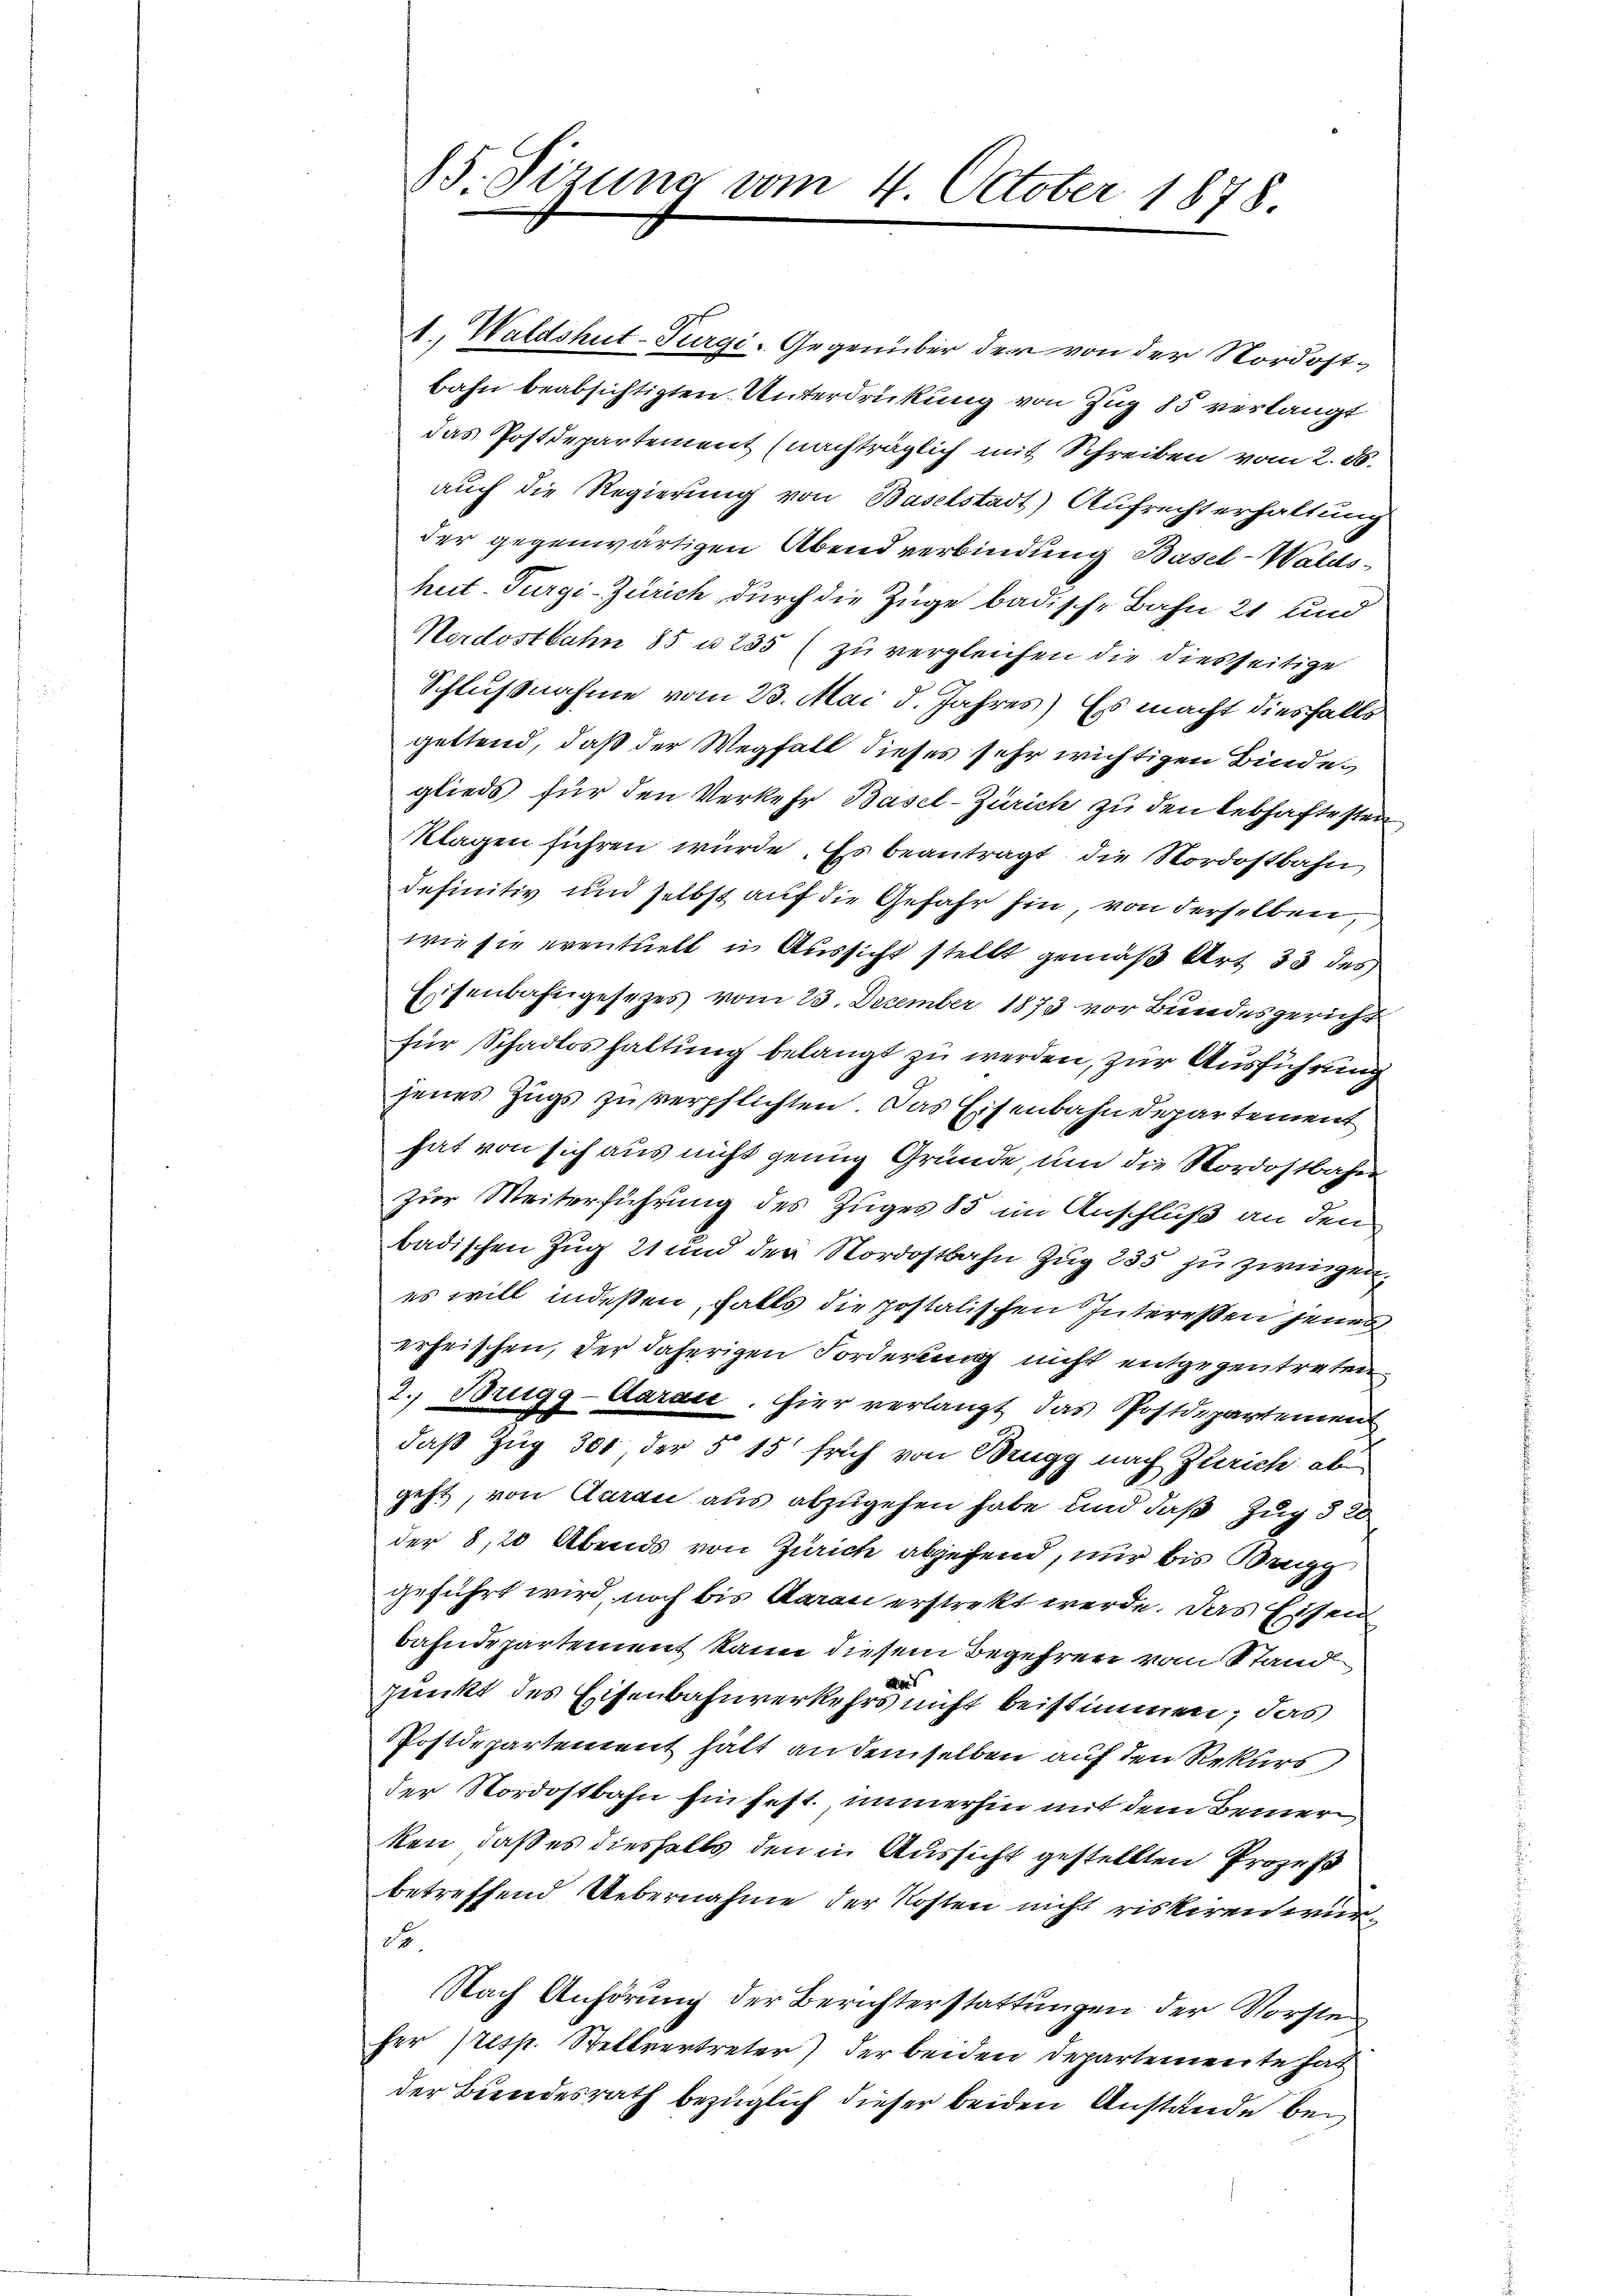
1.) Waldshut-Purgi - Gegenüber der von der Nordostbahn beabsichtigten Unterdrückung von Zug 85 verlangt
das Postdepartement (nachträglich mit Schreiben vom 2. ds.
auch die Regierung von Baselstadt) Aufrecht erhaltung
der gegenwärtigen Abend verbindung Basel-Waldshut. Turgi-Zürich, durch die Züge badische Bahn 21 und
Nordostbahn 85 u 235 (zu vergleichen die diesseitige
Schlußnahme vom 23. Mai d. Jahres) Es macht diesfalls
geltend, daß der Wegfall dieses sehr wichtigen Bindeglieds für den Verkehr Basel-Zürich zu den lebhaftesten
Klagen führen würde. Es beantragt, die Nordostbahn
definitiv und selbst auf die Gefahr hin von derselben,
wie sie eventuell in Aussicht stellt gemäß Art 33 des
Eisenbahngesezes vom 23. December 1873 vor Bundesgericht
für Schadloshaltung belangt zu werden, zur Ausführung
jenes Zugs zu verpflichten. Das Eisenbahndepartement
hat von sich aus nicht genug Gründe, um die Nordostbahn
zur Weiterführung des Zuges 85 im Anschluß an den
badischen Zug 21 und der Nordostbahn Zug 235 zu zwingen,
es will indeßen, falls die postalischen Intereßen jenes
erheischen, der daherigen Forderung nicht entgegentreten
2. Brugg-Daran. Hier verlangt das Postdepartement
daß Zug 300, der 5 15 früh von Brugg nach Zürich ab
geht, von Aarau aus abzugehen habe und daß Zug § 20
der 8,20 Abends von Zürich abgehend, nur bis Brugg
geführt wird, noch bis daran erstrekt werde. Das Eisen
bahndepartement kann diesem Begehren vom Stand
ber
punkt des Eisenbahnverkehrs nicht beistimmen; das
Postdepartement hält an demselben auf den Rekurs
der Nordostbahn hin fest. immerhin mit dem Bemer
ken, daß es diesfalls den in Aussicht gestellten Prozeß
betreffend Uebernahme der Kosten nicht riskiren wurd
Nach Anhörung der Berichterstattungen der Vorsten
fer (resp. Stellvertreter) der beiden Departemente hat
der Bundesrath bezüglich dieser beiden Anstände bei

85. Sirung vom 4. October 1878.